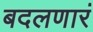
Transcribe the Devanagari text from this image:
बदलणारं